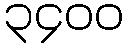
၃၄၀၀